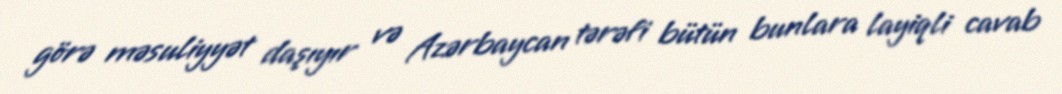
görə məsuliyyət daşıyır və Azərbaycan tərəfi bütün bunlara layiqli cavab